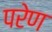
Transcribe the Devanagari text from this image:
परेण